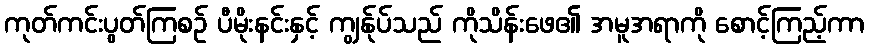
ကုတ်ကင်းပွတ်ကြစဉ် ပီမိုးနင်းနှင့် ကျွန်ုပ်သည် ကိုသိန်းဖေ၏ အမူအရာကို စောင့်ကြည့်ကာ